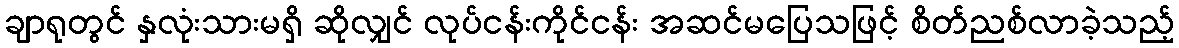
ချာရုတွင် နှလုံးသားမရှိ ဆိုလျှင် လုပ်ငန်းကိုင်ငန်း အဆင်မပြေသဖြင့် စိတ်ညစ်လာခဲ့သည့်